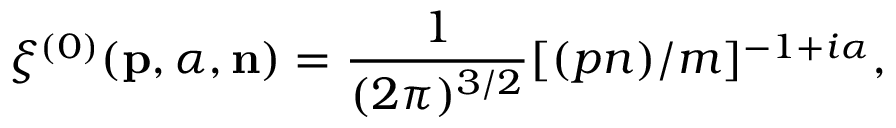
\xi ^ { ( 0 ) } ( { \bf p } , { \alpha } , { \bf n } ) = \frac { 1 } { ( 2 \pi ) ^ { 3 / 2 } } [ ( p n ) / m ] ^ { - 1 + i \alpha } ,